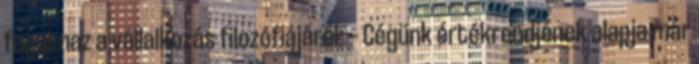
fogalmaz a vállalkozás filozófiájáról: — Cégünk értékrendjének alapja már